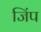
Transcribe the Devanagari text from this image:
जिंप